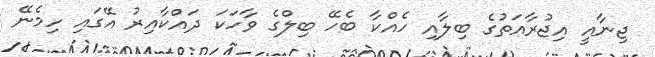
ޖިނާއީ އިޖުރާއަތުގެ ބިލާއި ހެއްކާ ބެހޭ ބިލްގެ ވާހަކަ ދައްކާއިރު އޭގައި ހިމެނޭ